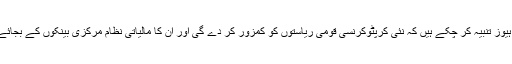
فیس بک کے شریک بانی رکن کرس ہیوز تنبیہ کر چکے ہیں کہ نئی کرپٹوکرنسی قومی ریاستوں کو کمزور کر دے گی اور ان کا مالیاتی نظام مرکزی بینکوں کے بجائے نجی کمپنیوں کے پاس چلا جائے گا۔